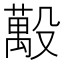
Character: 𪵒